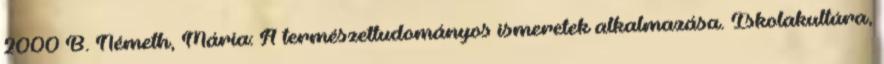
2000 B. Németh, Mária: A természettudományos ismeretek alkalmazása. Iskolakultúra,